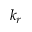
k _ { r }